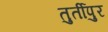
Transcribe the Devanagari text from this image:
तुर्तीपुर